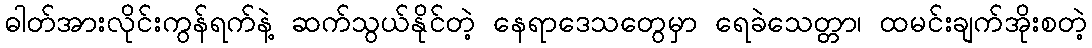
ဓါတ်အားလိုင်းကွန်ရက်နဲ့ ဆက်သွယ်နိုင်တဲ့ နေရာဒေသတွေမှာ ရေခဲသေတ္တာ၊ ထမင်းချက်အိုးစတဲ့